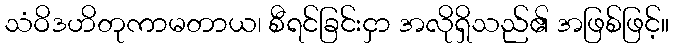
သံဝိဒဟိတုကာမတာယ၊ စီရင်ခြင်းငှာ အလိုရှိသည်၏ အဖြစ်ဖြင့်။